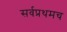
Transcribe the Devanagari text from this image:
सर्वप्रथमच